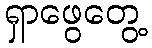
ရှာဖွေတွေ့